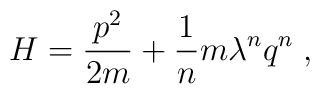
H = \frac{p^2}{2m} + \frac{1}{n} m \lambda^n q^n \; ,